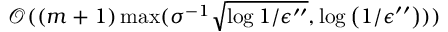
\mathcal { O } ( ( m + 1 ) \operatorname* { m a x } ( \sigma ^ { - 1 } \sqrt { \log { 1 / \epsilon ^ { \prime \prime } } } , \log \left( 1 / \epsilon ^ { \prime \prime } \right) ) )